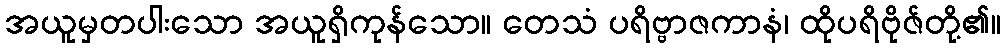
အယူမှတပါးသော အယူရှိကုန်သော။ တေသံ ပရိဗ္ဗာဇကာနံ၊ ထိုပရိဗိုဇ်တို့၏။